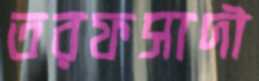
তরফসাদী